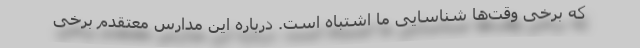
که برخی وقت‌ها شناسایی ما اشتباه است. درباره این مدارس معتقدم برخی